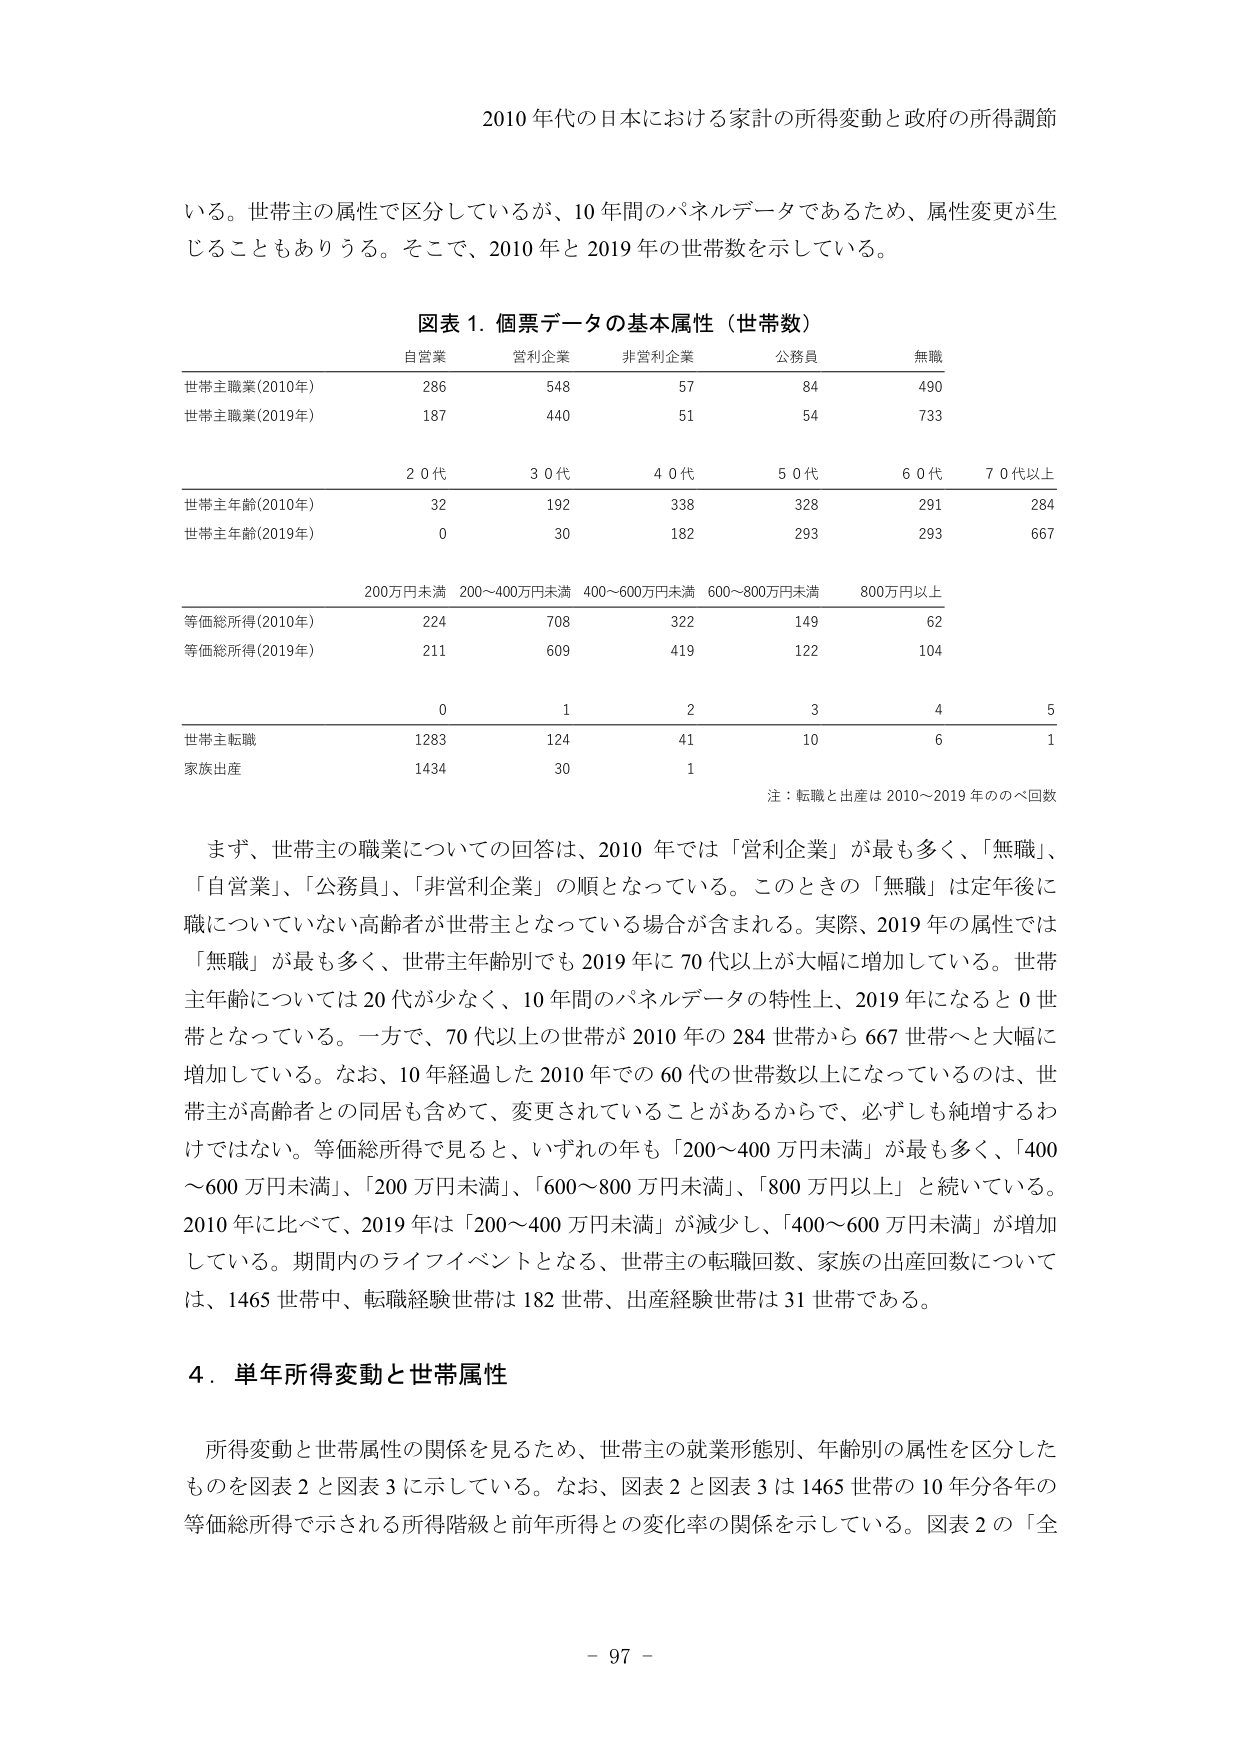
2010 年代の日本における家計の所得変動と政府の所得調節

いる。世帯主の属性で区分しているが、10 年間のパネルデータであるため、属性変更が生じることもありうる。そこで、2010 年と 2019 年の世帯数を示している。

図表 1. 個票データの基本属性（世帯数）

自営業　営利企業　非営利企業　公務員　無職

世帯主職業(2010年)　286　548　57　84　490

世帯主職業(2019年)　187　440　51　54　733

20代　30代　40代　50代　60代　70代以上

世帯主年齢(2010年)　32　192　338　328　291　284

世帯主年齢(2019年)　0　30　182　293　293　667

200万円未満　200～400万円未満　400～600万円未満　600～800万円未満　800万円以上

等価総所得(2010年)　224　708　322　149　62

等価総所得(2019年)　211　609　419　122　104

0　1　2　3　4　5

世帯主転職　1283　124　41　10　6　1

家族出産　1434　30　1

注：転職と出産は 2010～2019 年のべ回数

まず、世帯主の職業についての回答は、2010 年では「営利企業」が最も多く、「無職」、「自営業」、「公務員」、「非営利企業」の順となっている。このときの「無職」は定年後に職についていない高齢者が世帯主となっている場合が含まれる。実際、2019 年の属性では「無職」が最も多く、世帯主年齢別でも 2019 年に 70 代以上が大幅に増加している。世帯主年齢については 20 代が少なく、10 年間のパネルデータの特性上、2019 年になると 0 世帯となっている。一方で、70 代以上の世帯が 2010 年の 284 世帯から 667 世帯へと大幅に増加している。なお、10 年経過した 2010 年での 60 代の世帯数以上になっているのは、世帯主が高齢者との同居も含めて、変更されていることがあるからで、必ずしも純増するわけではない。等価総所得で見ると、いずれの年も「200～400 万円未満」が最も多く、「400～600 万円未満」、「200 万円未満」、「600～800 万円未満」、「800 万円以上」と続いている。2010 年に比べて、2019 年は「200～400 万円未満」が減少し、「400～600 万円未満」が増加している。期間内のライフイベントとなる、世帯主の転職回数、家族の出産回数については、1465 世帯中、転職経験世帯は 182 世帯、出産経験世帯は 31 世帯である。

4. 単年所得変動と世帯属性

所得変動と世帯属性の関係を見るため、世帯主の就業形態別、年齢別の属性を区分したものを図表 2 と図表 3 に示している。なお、図表 2 と図表 3 は 1465 世帯の 10 年分各年の等価総所得で示される所得階級と前年所得との変化率の関係を示している。図表 2 の「全

- 97 -